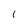
Character: 1